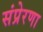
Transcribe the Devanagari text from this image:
संप्रेरणा